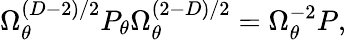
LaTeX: \Omega_{\theta}^{(D-2)/2}{P_{\theta}}\Omega_{\theta}^{(2-D)/2}=\Omega_{\theta}^{-2}P,